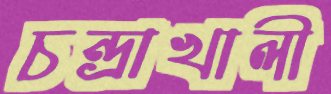
চন্দ্রাখালী